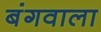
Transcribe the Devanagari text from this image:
बंगवाला